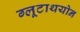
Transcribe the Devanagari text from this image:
ग्लूटाथयोन